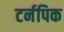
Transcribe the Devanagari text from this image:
टर्नपिक